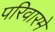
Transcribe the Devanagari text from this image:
परिवारमे